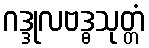
ဂဒ္ဒုလဗဒ္ဓသုတ္တံ